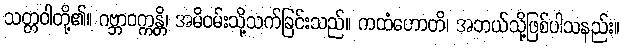
သတ္တဝါတို့၏။ ဂဗ္ဘာဝက္ကန္တိ၊ အမိဝမ်းသို့သက်ခြင်းသည်။ ကထံဟောတိ၊ အဘယ်သို့ဖြစ်ပါသနည်း။